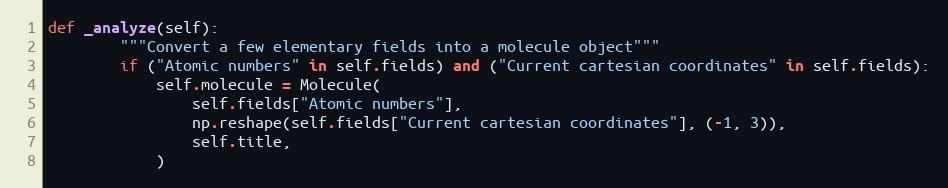
Language: Python
def _analyze(self):
        """Convert a few elementary fields into a molecule object"""
        if ("Atomic numbers" in self.fields) and ("Current cartesian coordinates" in self.fields):
            self.molecule = Molecule(
                self.fields["Atomic numbers"],
                np.reshape(self.fields["Current cartesian coordinates"], (-1, 3)),
                self.title,
            )